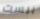
بيست